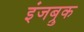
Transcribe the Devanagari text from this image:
इंजब्रुक